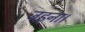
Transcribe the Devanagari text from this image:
जड़ना।